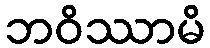
ဘဝိဿာမိ